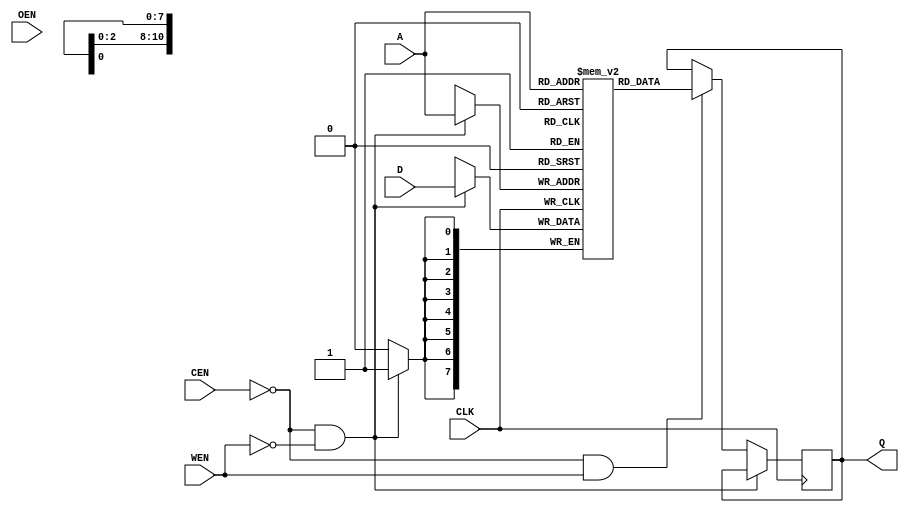
`timescale 1 ns/1 ps
module someOnePortVendorMem_2048_8_0(A,
				      CLK,
				      CEN,
				      D,
				      WEN,
				      OEN,
				      Q);
   input [10:0] A;
   input 	CLK;
   input 	CEN;
   input [7:0] 	D;
   input 	WEN;
   input 	OEN;   
   output [7:0] Q;
   
   reg [7:0] 	mem [2047:0];
   reg [7:0] 	Q;
   
   initial
     begin
	$display("%m : someOnePortVendorMem_2048_8_0 instantiated.");
     end   
   
   always @(posedge CLK) 
     begin
	if((CEN == 0)&&(WEN==0))
	  begin
	     mem[A] <= D;
	  end
	else if((CEN == 0)&&(WEN==1))
	  begin
	     Q <=mem[A];
	  end	
     end
endmodule